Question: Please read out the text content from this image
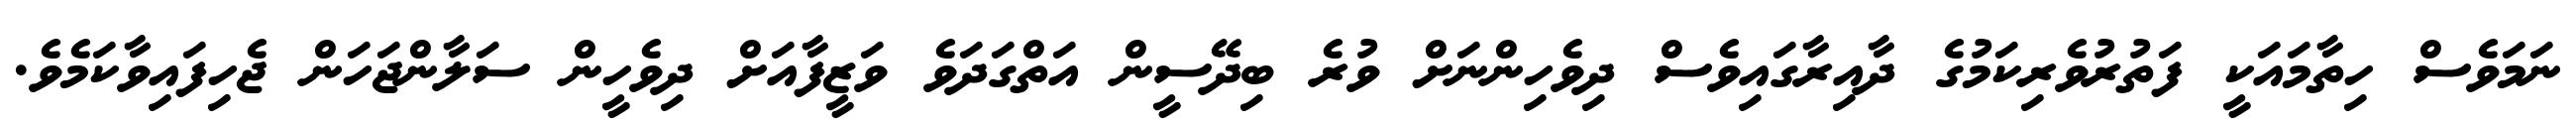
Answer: ނަމަވެސް ހިތާމައަކީ ފަތުރުވެރިކަމުގެ ދާއިރާގައިވެސް ދިވެހިންނަށް ވުރެ ބިދޭސީން އަތްގަދަވެ ވަޒީފާއަށް ދިވެހީން ސަލާންޖަހަން ޖެހިފައިވާކަމެވެ.